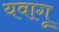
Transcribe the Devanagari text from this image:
यवागू